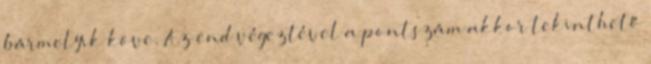
bármelyik köve. Az end végeztével a pontszám akkor tekinthető